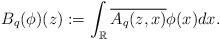
LaTeX: \begin{align*}B_q(\phi)(z):=\displaystyle \int_{\mathbb{R}}\overline{A_q(z,x)}\phi(x)dx.\end{align*}